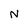
Character: N